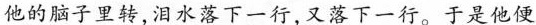
他的脑子里转,泪水落下一行,又落下一行。于是他便